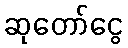
ဆုတော်ငွေ